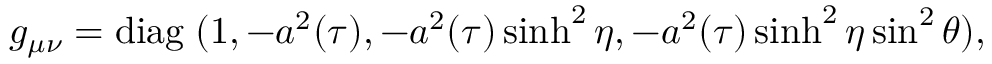
g _ { \mu \nu } = \mathrm { d i a g } \; ( 1 , - { a ^ { 2 } ( \tau ) } , - { a ^ { 2 } ( \tau ) } \sinh ^ { 2 } \eta , - { a ^ { 2 } ( \tau ) } \sinh ^ { 2 } \eta \sin ^ { 2 } \theta ) ,